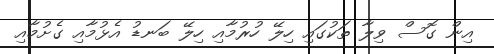
އިން ގޮސް ވިލާ ތަކުގައި ހިލޭ ހުރުމާއި ހިލޭ ބަނޑު އެޅުމާއި ގެށުމާއި